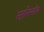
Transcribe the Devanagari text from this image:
स्टानिस्लौस